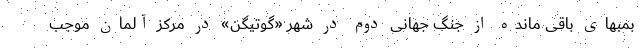
بمبهای باقی مانده از جنگ جهانی دوم در شهر «گوتیگن» در مرکز آلمان موجب